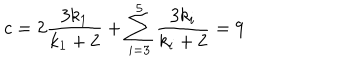
LaTeX: c = 2 \frac { 3 k _ { 1 } } { k _ { 1 } + 2 } + \sum _ { i = 3 } ^ { 5 } \frac { 3 k _ { i } } { k _ { i } + 2 } = 9